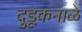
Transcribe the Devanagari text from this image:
दुडूकनाळे